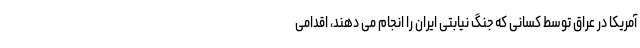
آمریکا در عراق توسط کسانی که جنگ نیابتی ایران را انجام می دهند، اقدامی